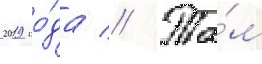
2019 го́да // Та́м